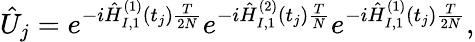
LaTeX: \hat{U}_{j}=e^{-i\hat{H}_{I,1}^{(1)}(t_{j})\frac{T}{2N}}e^{-i\hat{H}_{I,1}^{(2)}(t_{j})\frac{T}{N}}e^{-i\hat{H}_{I,1}^{(1)}(t_{j})\frac{T}{2N}},